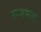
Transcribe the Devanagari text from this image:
रूडमस